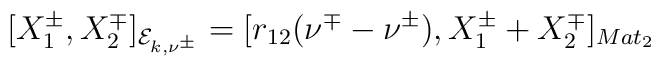
[X_{1}^{\pm},X_{2}^{\mp}]_{ {\cal E}_{k,\nu^{\pm}} } =[r_{12}(\nu^{\mp}-\nu^{\pm}),X_{1}^{\pm} + X_{2}^{\mp}]_{Mat_{2}}